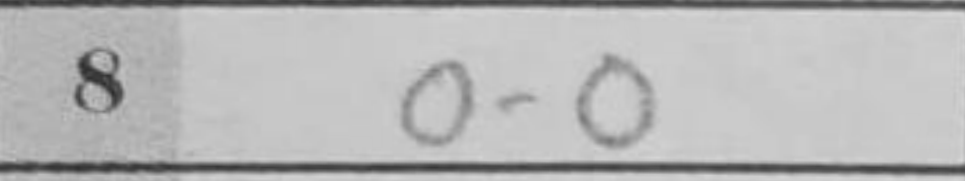
Transcription: O-O